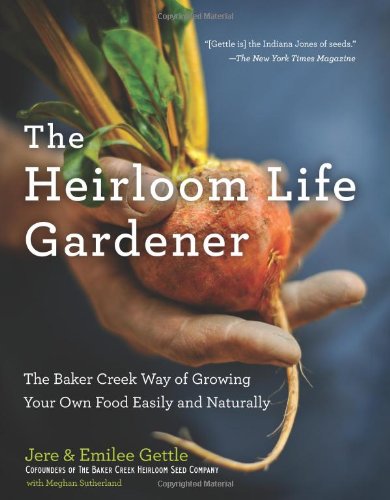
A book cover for The Heirloom Life Gardener: The Baker Creek Way of Growing Your Own Food Easily and Naturally; Jere and Emilee Gettle; Crafts, Hobbies & Home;